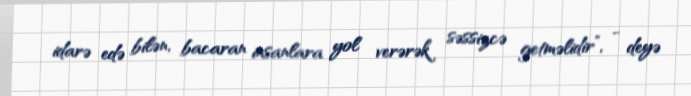
idarə edə bilən, bacaran insanlara yol verərək səssizcə getməlidir”, - deyə